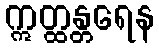
ဣတ္ထန္တရေန